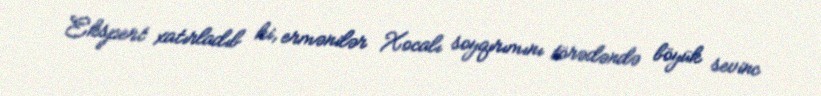
Ekspert xatırladıb ki, ermənilər Xocalı soyqırımını törədəndə böyük sevinc